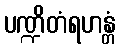
ပဏ္ဍိတံရဟန္တံ